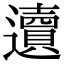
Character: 䢱